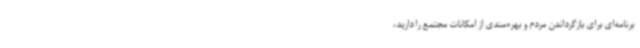
برنامه‌ای برای بازگرداندن مردم و بهره‌مندی از امکانات مجتمع را دارید،